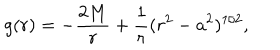
LaTeX: g ( r ) = - { \frac { 2 M } { r } } + { \frac { 1 } { r } } ( r ^ { 2 } - a ^ { 2 } ) ^ { 1 / 2 } ,